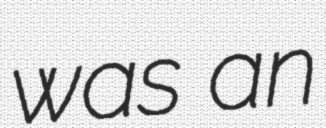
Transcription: was an